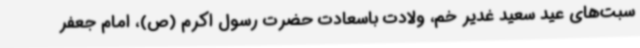
سبت‌های عید سعید غدیر خم، ولادت باسعادت حضرت رسول اکرم (ص)، امام جعفر